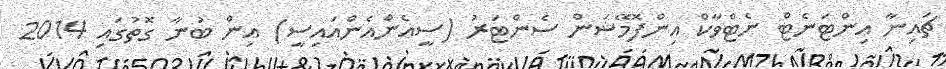
ޗައިނާ އިންޓަނެޓް ނެޓްވާކް އިންފޮމޭޝަން ސެންޓަރު (ސީއެންއެންއައިސީ) އިން ބުނާ ގޮތުގައި 2014